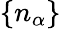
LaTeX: \{ n_{\alpha}\}